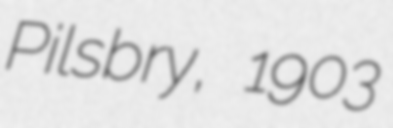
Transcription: Pilsbry, 1903